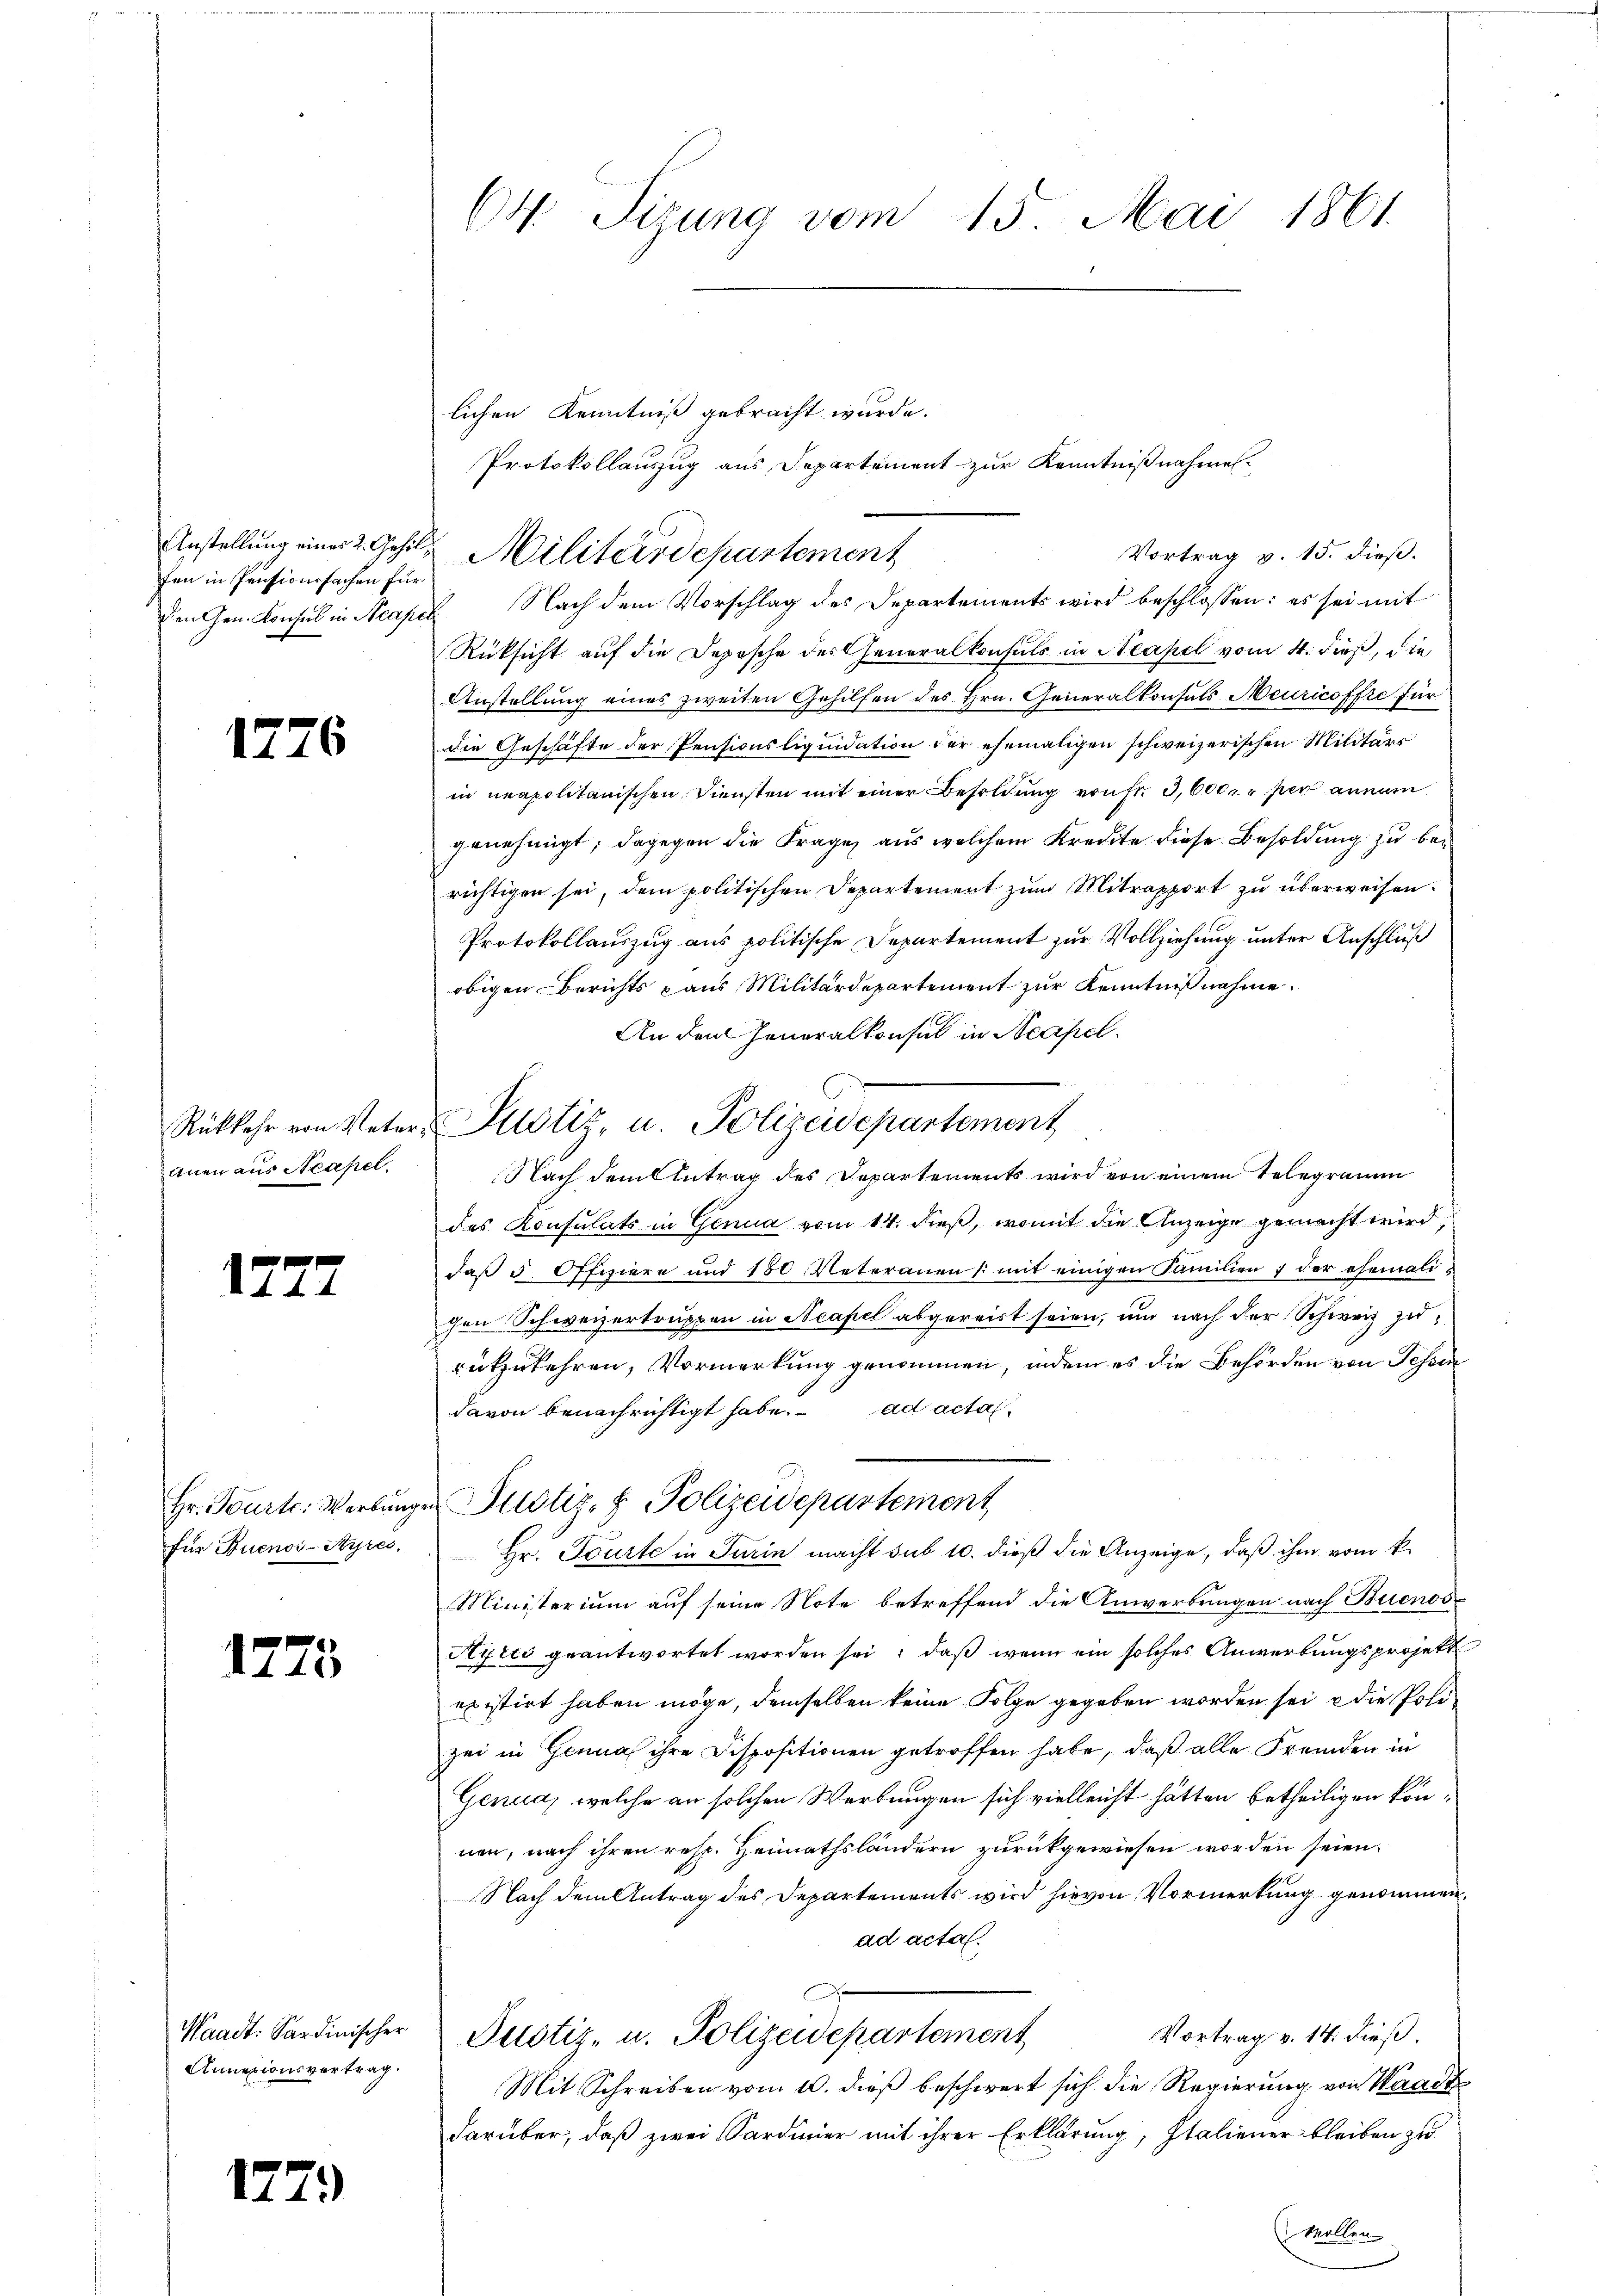
Anstellung einer 2. Gehilfen in Pensionssachen für
den Gen. Konsul in Neapel

1776

anen aus Neapel.

17

Hr. Seiter Werkung
für Buenos-Ayres,

1775

Waadt: Sardinischer
Annexionsvertrag.

1279)

ON Sizung vom 15. Mai 1861.

Militärdepartement

Rükkehr von Veter- Plotiz, u. Polizeidepartement

lichen Kenntniß gebracht wurde.
Protokollauszug aus Departement zur Kenntnißnahmen.
Vortrag v. 15. dieß.
Nach dem Vorschlag des Departements wird beschlossen: es sei mit
Rücksicht auf die Deposche des Generalkonsuls in Neapel vom 4. dieß, die
Anstellung eines zweiten Gehilfen des Hrn. Generalkonsuls Meuricoffre für
die Geschäfte der Pensionsliquidation der ehemaligen schweizerischen Militärs
in neapolitanischen Diensten mit einer Besoldung von fr. 3,600 per annam
genehmigt; dagegen die Frage aus welchem Kredite diese Besoldung zu berichtigen sei, dem politischen Departement zum Mitrapport zu überweisen.
Protokollauszug aus politische Departement zur Vollziehung unter Anschluß
obigen Berichts aus Militärdepartement zur Kenntnißnahme.
An den Generalkonsul in Neapel.
Nach dem Antrag des Departements wird von einem Telegramm
des Konsulats in Genua vom 14. dieß, womit die Anzeige gemacht wird,
daβ 5 Offiziere und 180 Veteranen /: mit einigen Familien ; der ehemali-
gen Schweizertruppen in Neapel abgereist seien, und nach der Schweiz zurükzukehren, Vormerkung genommen, indem es die Behörden von Tessin
davon benachrichtigt habe. ad acta
Justiz- & Polizeidepartement
Hr. Tourte in Turin macht sub 10. dieß die Anzeige, daß ihm vom k.
Ministerium auf seine Note betreffend die Anwerbungen nach Buenos
Hyris geantwortet worden sei; daß wenn ein solches Anwerbungsprojekt
existirt haben möge, demselben keine Folge gegeben worden sei, e die Polizei in Genua ihre Dispositionen getroffen habe, daß alle Fremden in
Genua, welche an solchen Werbungen sich vielleicht hätten betheiligen können, nach ihren resp. Heimathsländern zurückgewiesen worden seien.
Nach dem Antrag des Departements wird hievon Vormerkung genommen.
ad acta.
Vortrag v. 14. dieß.
Justiz- u. Polizeidepartement
Mit Schreiben vom 20. dieβ beschwert sich die Regierung von Waadt
darüber, daß zwei Sardinier mit ihrer Erklärung, Italiener bleiben zu
Wollen